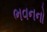
ભવનનો